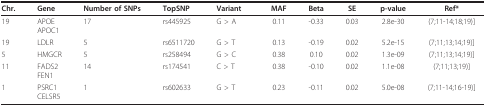
<table><thead><tr><td><b>Chr.</b></td><td><b>Gene</b></td><td><b>Number of SNPs</b></td><td><b>TopSNP</b></td><td><b>Variant</b></td><td><b>MAF</b></td><td><b>Beta</b></td><td><b>SE</b></td><td><b>p-value</b></td><td><b>Ref*</b></td></tr></thead><tbody><tr><td>19</td><td>APOEAPOC1</td><td>17</td><td>rs445925</td><td>G &gt; A</td><td>0.11</td><td>-0.33</td><td>0.03</td><td>2.8e-30</td><td>(7;11-14;18;19)]</td></tr><tr><td>19</td><td>LDLR</td><td>5</td><td>rs6511720</td><td>G &gt; T</td><td>0.13</td><td>-0.19</td><td>0.02</td><td>5.2e-15</td><td>(7;11;13;14;19)]</td></tr><tr><td>5</td><td>HMGCR</td><td>5</td><td>rs258494</td><td>G &gt; C</td><td>0.38</td><td>0.10</td><td>0.02</td><td>1.3e-09</td><td>(7;11;13;14;19)]</td></tr><tr><td>11</td><td>FADS2FEN1</td><td>14</td><td>rs174541</td><td>C &gt; T</td><td>0.38</td><td>-0.10</td><td>0.02</td><td>1.1e-08</td><td>(7;11;13;19)]</td></tr><tr><td>1</td><td>PSRC1CELSR5</td><td>1</td><td>rs602633</td><td>G &gt; T</td><td>0.23</td><td>-0.11</td><td>0.02</td><td>5.0e-08</td><td>(7;11-14;16-19)]</td></tr></tbody></table>